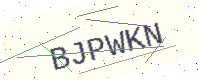
Text: BJPWKN